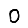
Digit: 0